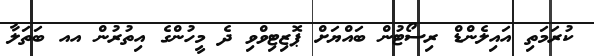
ކުރަމަތި އައިލެންޑް ރިސޯޓުން ބައްޔަށް ޕޮޒިޓިވްވި ދެ މީހުންގެ އިތުރުން އއ ބަތަލާ